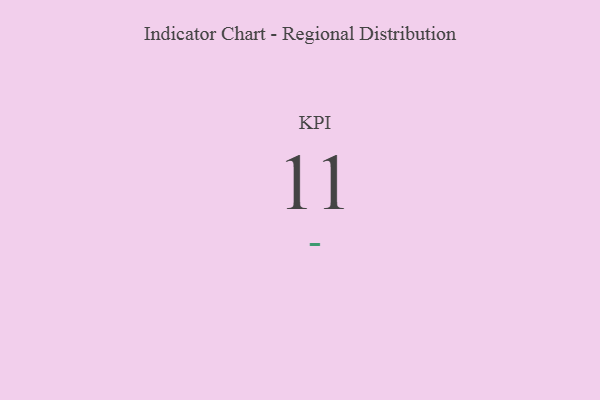
{"axis": {"x": "KPI", "y": "Value"}, "legend": [""], "data": [{"x": "KPI", "y": 11, "type": ""}]}